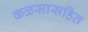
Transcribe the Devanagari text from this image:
कळसासहित